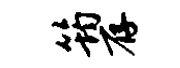
筠存